Report on sanitation, dispensaries, and jails in Rajputana for 1914, and on vaccination for the year 1914-1915 - 1914-1915
Year: 1914
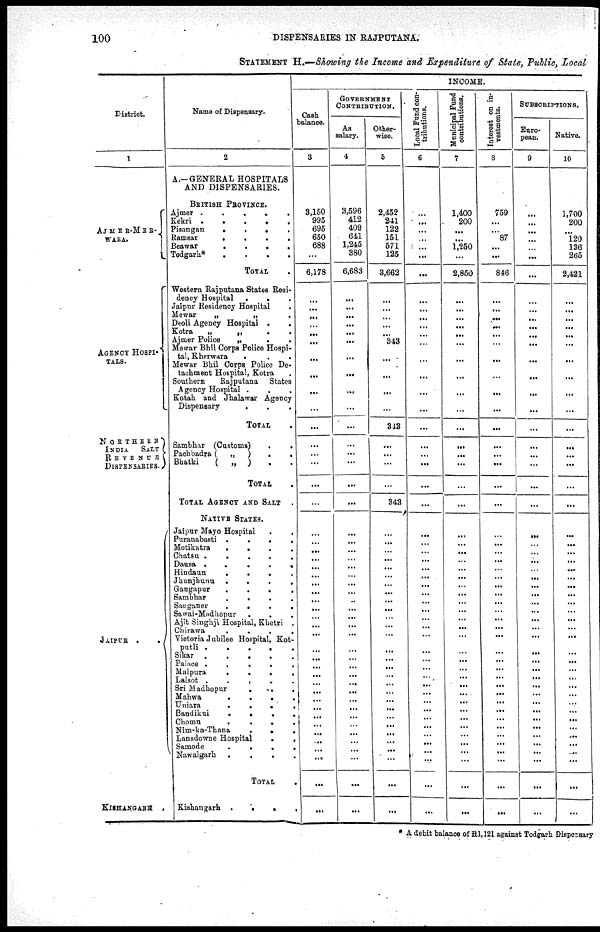
100
DISPENSARIES IN RAJPUTANA.
STATEMENT H.—Showing the Income and Expenditure of State, Public, Local
District.
1
AJMER-MERWARA.
AGENCY HOSPITALS.
NORTHERN
INDIA
SALT
REVENUS
DISPENSARIES.
JAIPUR .
.
KISHANGARH .
Name of Dispensary.
2
A.—GENERAL HOSPITALS
AND DISPENSARIES.
BRITISH PROVINCE.
Ajmer .
.
.
.
.
Kekri .
.
.
.
.
Pisangan
...
Ramsar
.
.
.
.
Beawar
.
.
.
.
Todgarh
.
.
.
.
TOTAL
Western Rajputana States Resi-
dency Hospital
...
Jaipur Residency Hospital
Mewar
„
„
.
Deoli Agency Hospital .
.
Kotra
„
„
.
.
Ajmer Police
„
.
.
Mewar Bhil Corps Police Hospital, Kherwara
...
Mewar bhil Corps Police De-
tachment Hospital, Kotra
Southern
Rajputana
States
Agency Hospital ...
Kotah and Jhalawar Agency
Dispensary
.
. .
TOTAL
Sambhar (Customs)
.
.
Pachbadra (
„
)
.
.
Bhatki
(
„
) . .
TOTAL
TOTAL AGENCE AND SALT .
NATIVE STATES.
Jaipur Mayo Hospital
Puranabasti
.
.
. .
Motikatra
.
.
.
,
Chatsu
.
.
.
.
Dausa
.
Hindaun
.
.
.
Jhunjhunu
.
.
.
.
Gangapur
.
.
Sambhar
.
.
.
.
Sauganer
.
.
.
.
Sawai-Mudhopur
.
.
.
Ajit Singhji Hospital, Khetri .
Clirawa
.
.
.
.
Viotoria Jubilee Hospital, Kotputli
sikar .
.
.
.
.
Palace
.
.
.
Malpura
.
.
.
.
Lalsot
.
.
.
Sri Madhopur
.
.
.
Mahwa
.
.
.
Uniara
.
.
.
.
Bandikui
.
.
.
.
Chomn
.
.
.
.
Nim-ka-Thana
.
.
.
Lansdowne Hospital
.
.
Samode
.
.
.
Nawalgarh . . .
TOTAL .
Kishangarh .
.
.
INCOME.
Cash
balance.
3
3,150
995
695
650
688
...
6,178
...
...
...
...
...
...
...
...
...
...
...
...
...
...
...
...
...
...
...
...
...
...
...
...
...
...
...
...
...
...
...
...
...
...
...
...
...
...
...
...
...
GOVERNMENT
CONTRIBUTION.
As
salary.
4
3,596
412
409
641
1,245
380
6,683
...
...
...
...
...
...
...
...
...
...
...
...
...
...
...
...
...
...
...
...
...
...
..
...
...
...
...
...
...
...
...
...
...
...
...
...
...
...
Other-
wise.
5
2,452
241
122
151
571
125
3,662
...
...
...
...
...
343
...
...
...
...
313
...
...
...
...
343
...
...
...
...
...
...
...
...
...
...
...
...
...
...
...
...
...
...
...
...
...
...
...
...
...
...
...
...
...
Local Fund contributions.
6
...
...
...
...
...
...
...
...
...
...
...
...
...
...
...
...
...
...
...
...
...
...
...
...
...
...
...
...
...
...
...
...
...
...
...
...
...
...
...
...
...
...
...
...
...
...
...
...
...
...
...
...
Municipal Fund
contributions.
7
1,400
200
...
...
1,250
...
2,850
...
...
...
...
...
...
...
...
...
...
...
...
...
...
...
...
...
...
...
...
...
...
...
...
...
...
...
...
...
...
...
...
...
...
...
...
...
...
...
...
...
...
...
...
...
...
Interest on investments.
8
759
. ..
. ..
87
...
...
846
...
...
...
...
...
...
...
...
...
...
...
...
...
...
...
...
...
...
...
...
...
...
...
...
...
...
...
...
...
...
...
...
...
...
...
...
...
...
...
...
...
...
...
...
...
...
SUBSCRIPTIONS.
European.
9
...
...
...
...
...
...
...
...
...
...
...
... ...
...
...
...
...
...
...
...
...
...
...
...
...
...
...
...
...
...
...
...
...
...
...
...
...
...
...
...
...
...
...
...
...
... ...
...
...
...
...
...
...
...
Native.
10
1,700
200
120
136
265
2,421
...
...
...
...
...
...
...
...
...
...
...
...
...
...
...
...
...
...
...
...
...
...
...
...
...
...
...
...
...
...
...
...
...
...
...
...
...
... ...
...
...
...
...
...
...
...
*A debit balance of R1,121 against Todgarh Dispensary